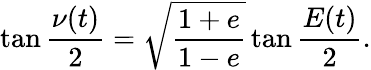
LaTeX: \tan{\frac{\nu(t)}{2}}=\sqrt{\frac{1+e}{1-e}}\tan{\frac{E(t)}{2}}.